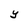
Character: y